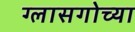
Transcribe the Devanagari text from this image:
ग्लासगोच्या